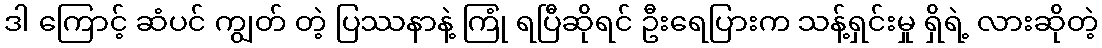
ဒါ ကြောင့် ဆံပင် ကျွတ် တဲ့ ပြဿနာနဲ့ ကြုံ ရပြီဆိုရင် ဦးရေပြားက သန့်ရှင်းမှု ရှိရဲ့ လားဆိုတဲ့